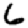
Digit: 6